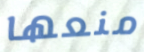
منعها